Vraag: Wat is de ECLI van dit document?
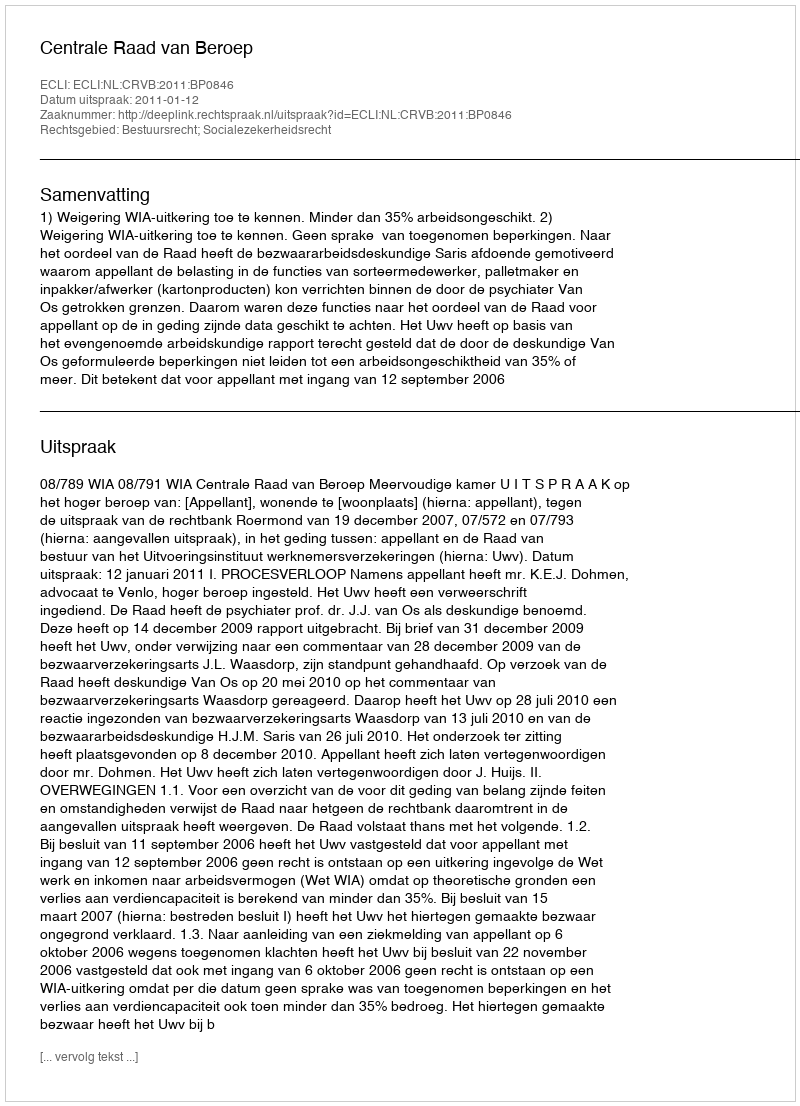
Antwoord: ECLI:NL:CRVB:2011:BP0846